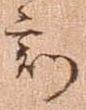
刻